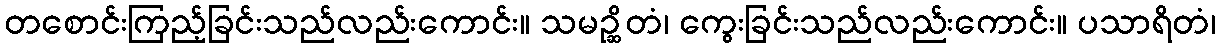
တစောင်းကြည့်ခြင်းသည်လည်းကောင်း။ သမဉ္ဆိတံ၊ ကွေးခြင်းသည်လည်းကောင်း။ ပသာရိတံ၊